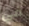
في